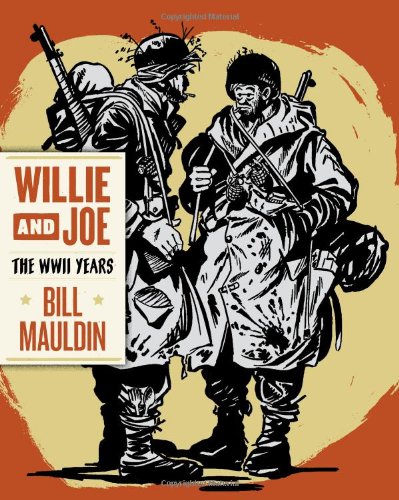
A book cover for Willie & Joe: The WWII Years; Bill Mauldin; Comics & Graphic Novels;